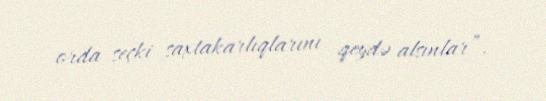
orda seçki saxtakarlıqlarını qeydə alsınlar”.